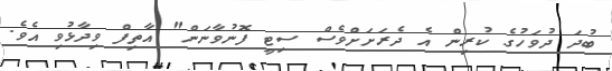
ބުދަ ދުވަހުގެ ކުރިން އެ ދެރަށަށްވެސް ސިޓީ ފޮނުވާނަން" އާތިފް ވިދާޅުވި އެވެ.